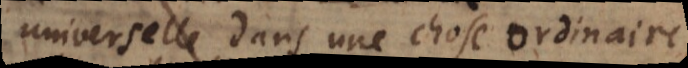
universelle dans une chose ordinaire